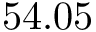
5 4 . 0 5